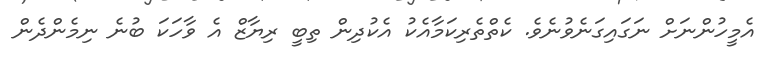
އެމީހުންނަށް ނަގައިގަނެވުނެވެ. ކެތްތެރިކަމާއެކު އެކުދިން ތިބީ ރިޔާޒް އެ ވާހަކަ ބުނެ ނިމެންދެން